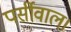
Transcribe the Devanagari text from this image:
पर्सीवाल।